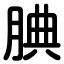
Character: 腆